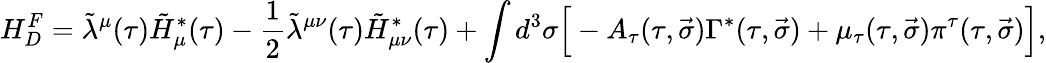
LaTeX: H_{D}^{F}=\tilde{\lambda}^{\mu}(\tau)\tilde{H}_{\mu}^{*}(\tau)-\frac 12\tilde{\lambda}^{\mu\nu}(\tau)\tilde{H}_{\mu\nu}^{*}(\tau)+\int{d^{3}\sigma\Big[-A_{\tau}(\tau,\vec{\sigma})\Gamma^{*}(\tau,\vec{\sigma})+\mu_{\tau}(\tau,\vec{\sigma})\pi^{\tau}(\tau,\vec{\sigma})\Big]},